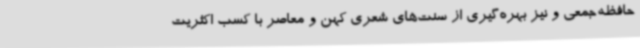
حافظه‌جمعی‌ و نیز بهره‌گیری از سنت‌های شعری کهن و معاصر با کسب اکثریت